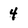
Character: 4